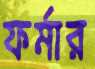
ফর্মার